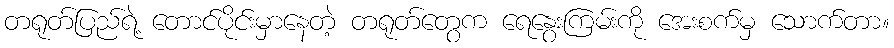
တရုတ်ပြည်ရဲ့ တောင်ပိုင်းမှာနေတဲ့ တရုတ်တွေက ရေနွေးကြမ်းကို အေးစက်မှ သောက်တာ။